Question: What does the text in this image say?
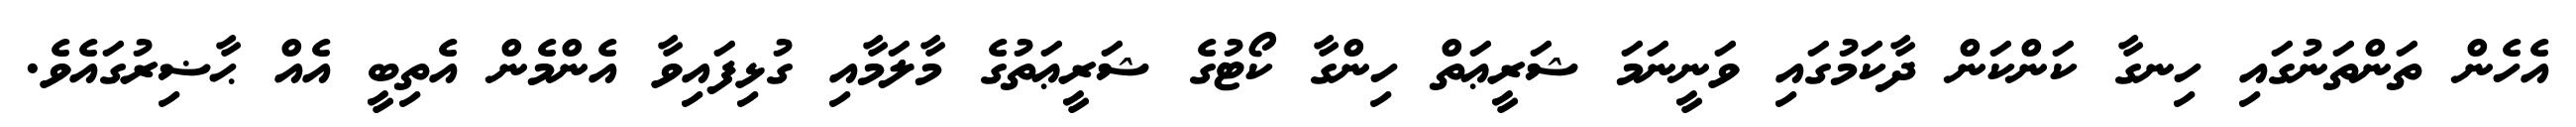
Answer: އެހެން ތަންތަނުގައި ހިނގާ ކަންކަން ދާކަމުގައި ވަނީނަމަ ޝަރީޢަތް ހިންގާ ކޯޓުގެ ޝަރީޢަތުގެ މާލަމާއި ގުޅިފައިވާ އެންމެން އެތިބީ އެއް ޙާޟިރުގައެވެ.